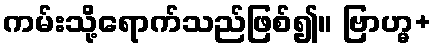
ကမ်းသို့ရောက်သည်ဖြစ်၍။ ဗြာဟ္မ+